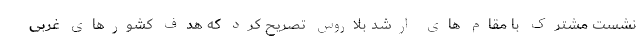
نشست مشترک با مقام های ارشد بلاروس تصریح کرد که هدف کشورهای غربی